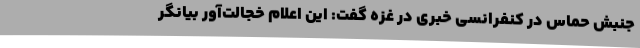
جنبش حماس در کنفرانسی خبری در غزه گفت: این اعلام خجالت‌آور بیانگر